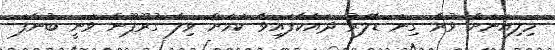
މިލިއަނަށް ވުރެ ގިނަ ޑޮލަރު ދައްކާފައިވާ ކަމަށް ވިލާ ގުރޫޕޫން ވަނީ ބުނެފަ